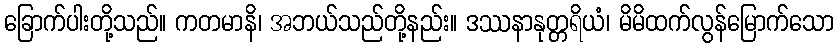
ခြောက်ပါးတို့သည်။ ကတမာနိ၊ အဘယ်သည်တို့နည်း။ ဒဿနာနုတ္တရိယံ၊ မိမိထက်လွန်မြောက်သော